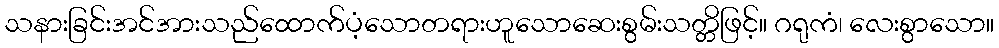
သနားခြင်းအင်အားသည်ထောက်ပံ့သောတရားဟူသောဆေးစွမ်းသတ္တိဖြင့်။ ဂရုကံ၊ လေးစွာသော။